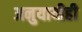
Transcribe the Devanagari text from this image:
अनुयायीही